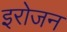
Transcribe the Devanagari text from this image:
इरोजन